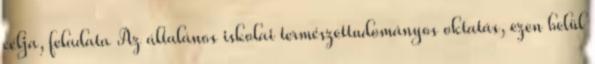
célja, feladata Az általános iskolai természettudományos oktatás, ezen belül